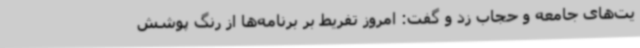
یت‌های جامعه و حجاب زد و گفت: امروز تفریط بر برنامه‌ها از رنگ پوشش